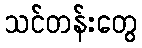
သင်တန်းတွေ